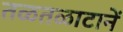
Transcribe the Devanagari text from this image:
तळतळाटानें